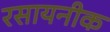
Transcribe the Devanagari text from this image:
रसायनीक